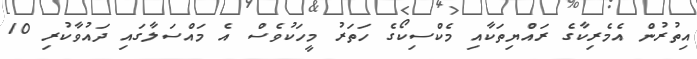
އިތުރުން އެމެރިކާގެ ރައްޔިތަކާއި މެކްސިކޯގެ ހަތަރު މީހަކުވެސް އެ މައްސަލާގައި ދައުވާކުރި 10